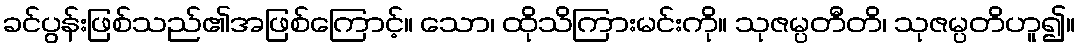
ခင်ပွန်းဖြစ်သည်၏အဖြစ်ကြောင့်။ သော၊ ထိုသိကြားမင်းကို။ သုဇမ္ပတီတိ၊ သုဇမ္ပတိဟူ၍။